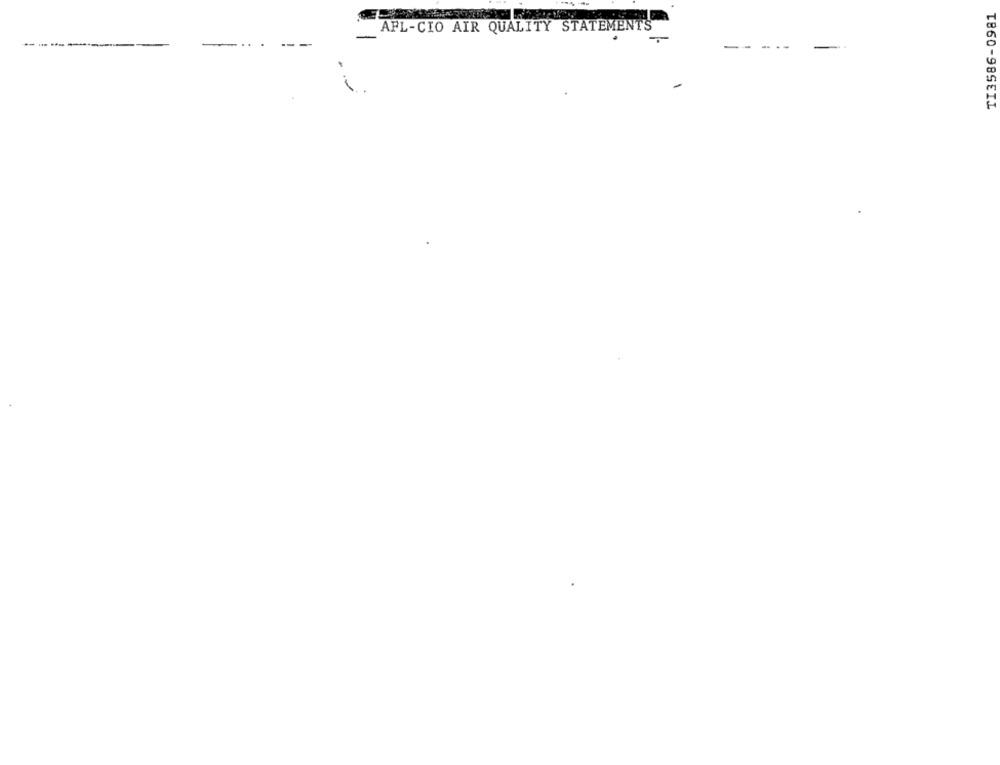
TI3586-0981
AFL-CIO AIR QUALITY STATEMENTS
-
-----
-- ---